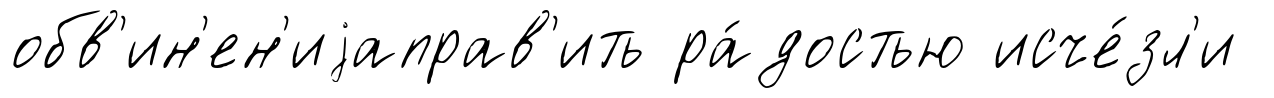
обв'ин'ен'иjаправ'ить ра́достью исче́зл'и